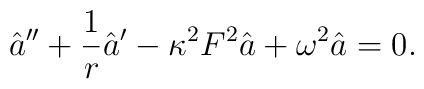
\hat{a}^{\prime \prime }+\frac{1}{r}\hat{a}^{\prime }-\kappa ^{2}F^{2}\hat{a} +\omega ^{2}\hat{a} =0 .